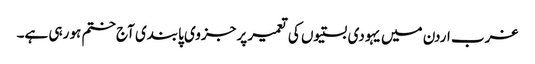
غرب اردن میں یہودی بستیوں کی تعمیر پر جزوی پابندی آج ختم ہو رہی ہے۔